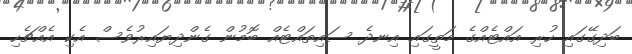
ބަދިގޭގައި ހުރި އައްޓެއްގެ މަތީގައި އިނދެ ސައިތައްޓެއް ބޮމުން ގެންދިޔައިރުވެސް އެކި އެއްޗެހި